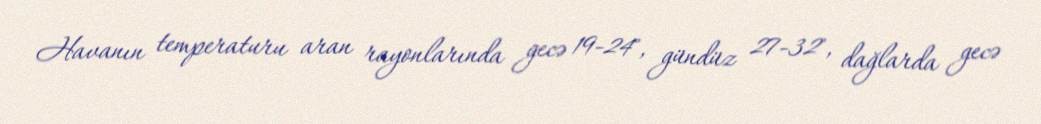
Havanın temperaturu aran rayonlarında gecə 19-24˚, gündüz 27-32˚, dağlarda gecə